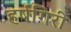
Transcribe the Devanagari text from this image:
हर्षगिरी